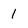
Character: 1